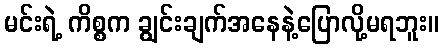
မင်းရဲ့ ကိစ္စက ချွင်းချက်အနေနဲ့ပြောလို့မရဘူး။